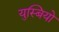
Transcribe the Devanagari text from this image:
युस्बियो